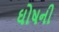
ઘોષની